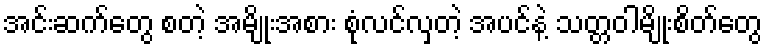
အင်းဆက်တွေ စတဲ့ အမျိုးအစား စုံလင်လှတဲ့ အပင်နဲ့ သတ္တဝါမျိုးစိတ်တွေ